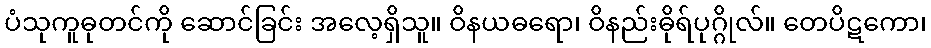
ပံသုကူဓုတင်ကို ဆောင်ခြင်း အလေ့ရှိသူ။ ဝိနယဓရော၊ ဝိနည်းဓိုရ်ပုဂ္ဂိုလ်။ တေပိဋကော၊